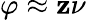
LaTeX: \varphi\approx\mathbf{z}\nu